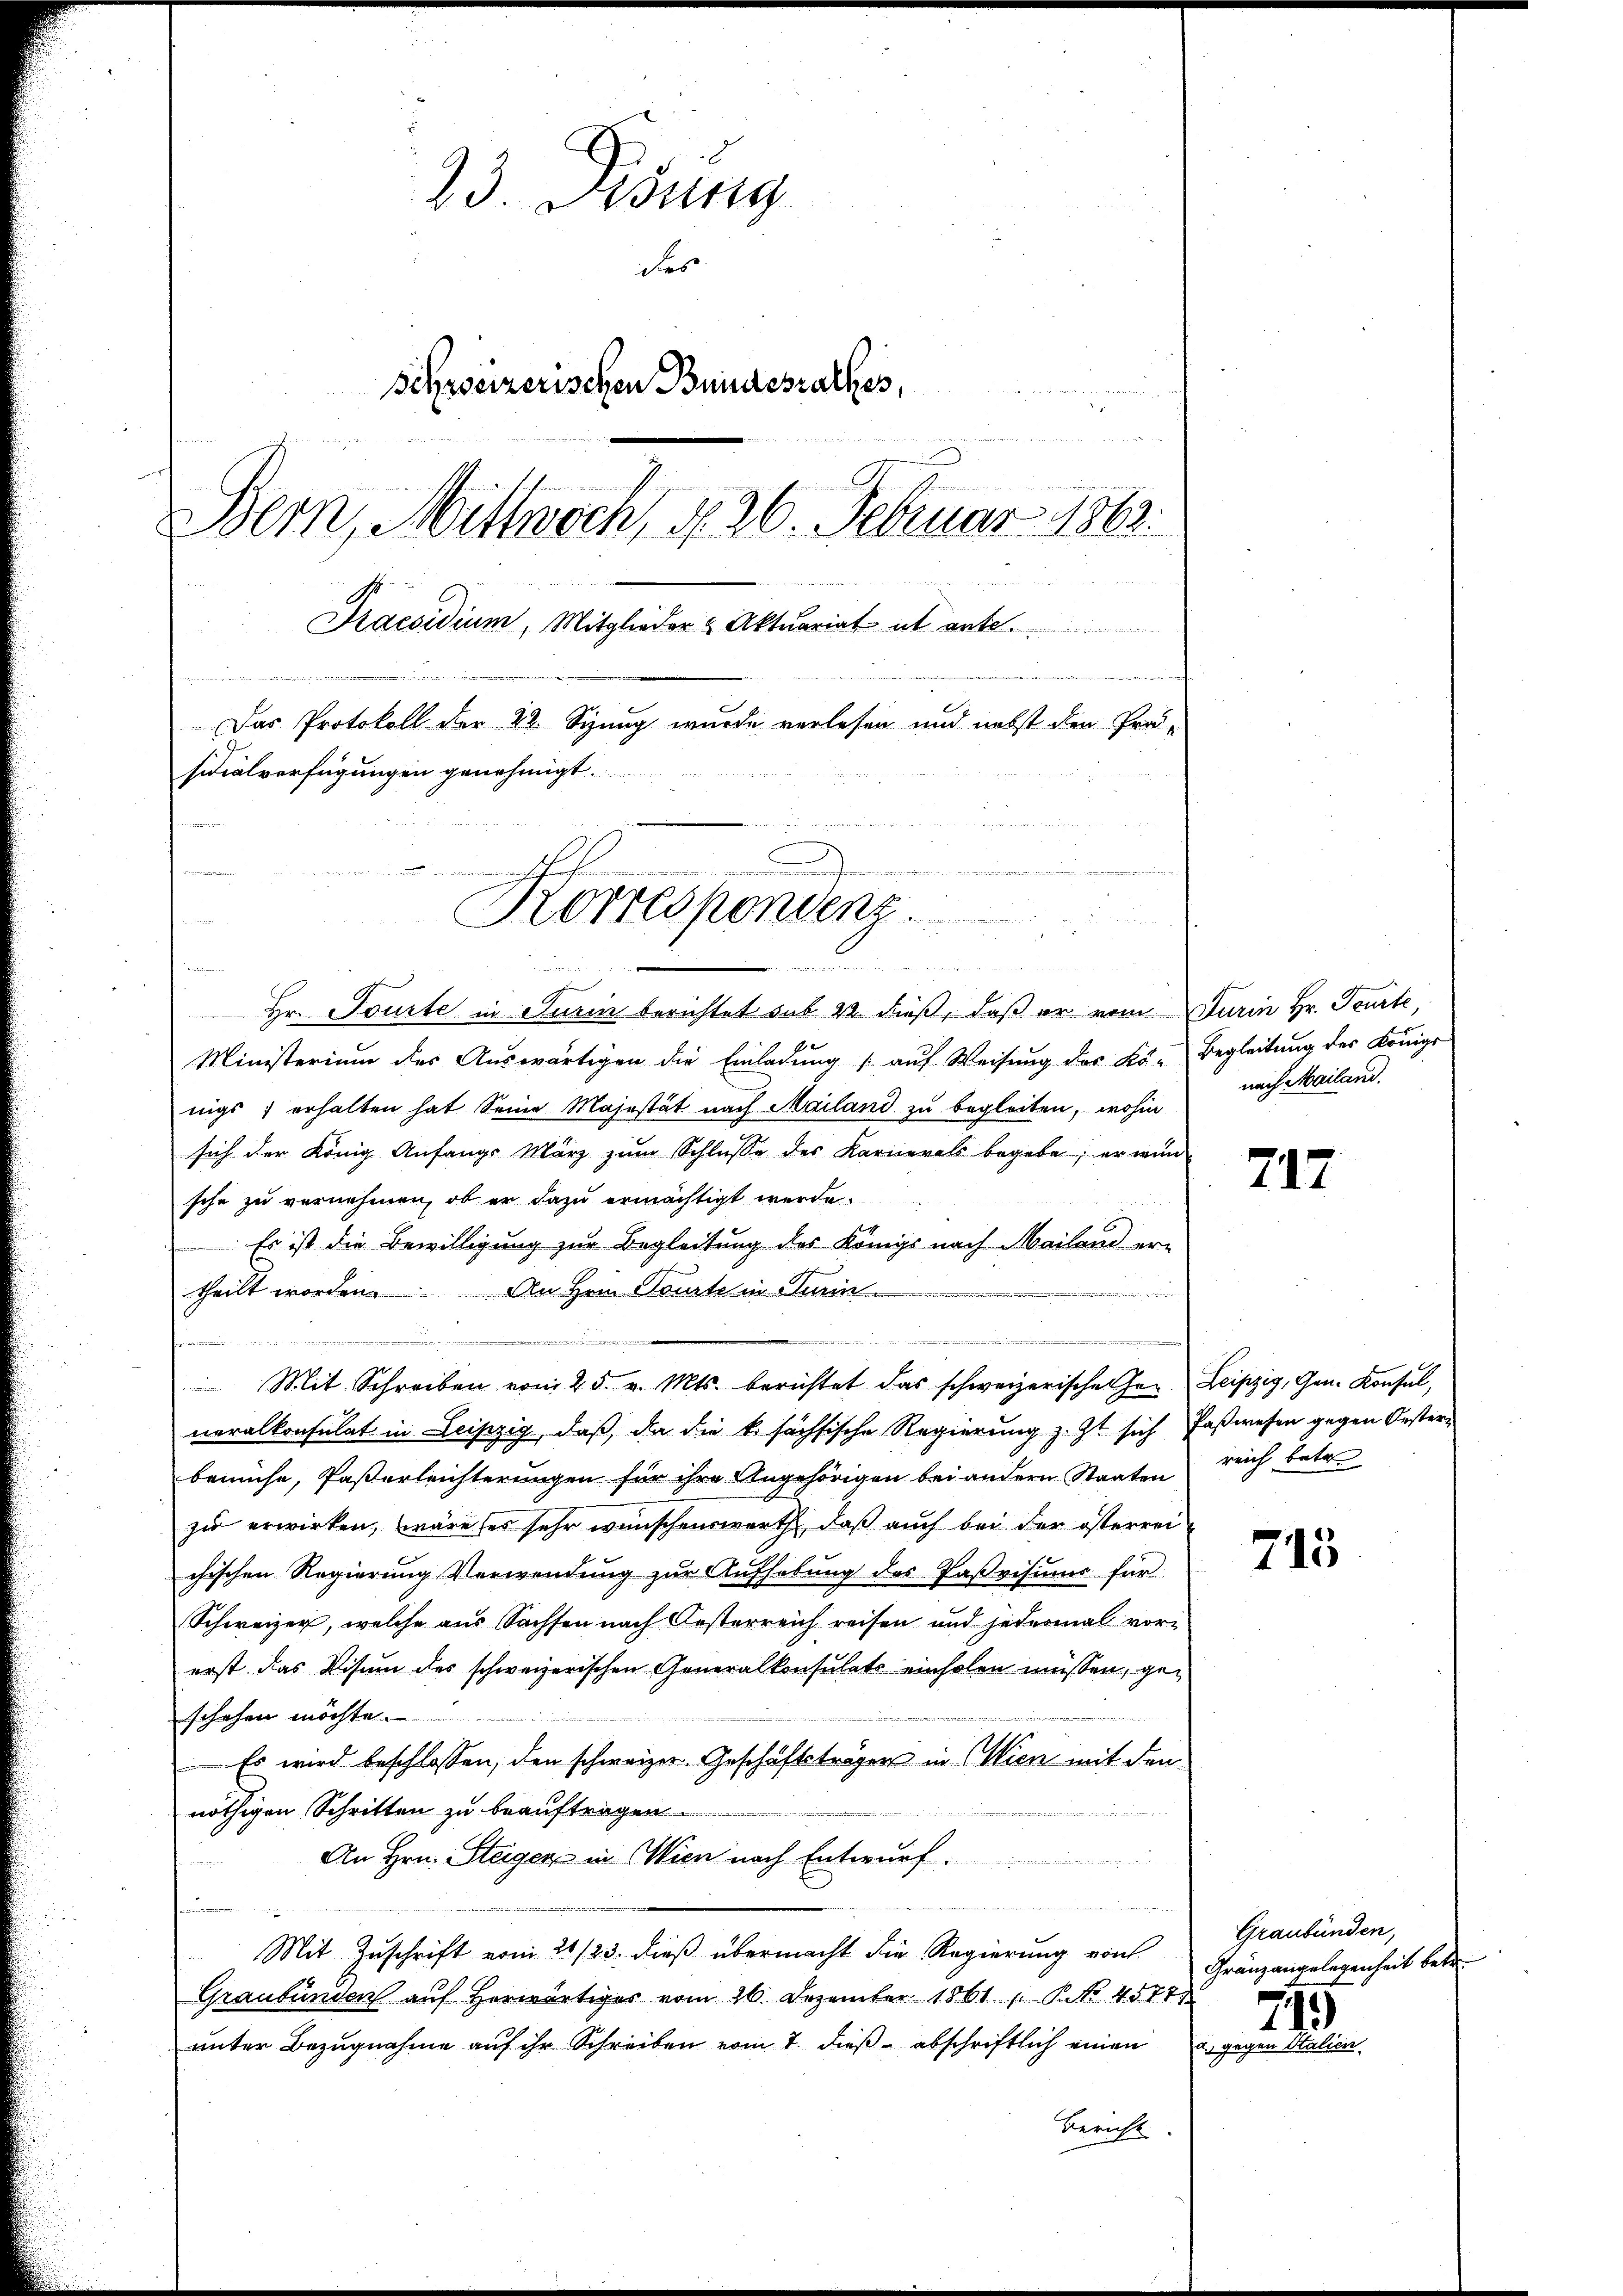
23. Asung
des
Schweizerischen Bundesrathes,
Bern, Mittwoch, d. 26. Februar 1863.
Praesidium, Mitglieder & Aktuariat ab ante.
6 40 x 24
Das Protokoll der 22. Sizung wurde verlesen und nebst den Prä-
sidialverfügungen genehmigt.
Korrespondenz
u

A

Hr. Tourte in Turin berichtet sub 22 dieß, daß er vom Turin Hr. Teurte,
Ministerium des Auswärtigen die Einladung (auf Weisung des Kö-Begleitung des Königr
nigs, erhalten hat Seine Majestät nach Mailand zu begleiten, wohin
sich der König Anfangs März zum Schlüsse des Karnerals begeben; er wün
sche zu vernehmen, ob er dazu ermächtigt werde.
 Es ist die Bewilligung zur Begleitung des Königs nach Mailand ertheilt worden. An Hrn. Tourte in Turin
2
n
e
.
Mit Schreiben vom 25. v. Mts. berichtet das schweizerischen her Leipzig, Gen. Konsul,
neralkonsulat in Leipzig, daß, da die k. sächsische Regierung z. Zt. sich Faßwesen gegen Orsterbemühe, Paßerleichterungen für ihre Angehörigen bei andern Staaten reich betre
zu erwirken, wäre ses sehr wünschenswerth, daß auch bei der österrei
chischen Regierung Verwendŭng zŭr Aŭfhebŭng des Pasvisiums für
Schweizer, welche aus Sachsen nach Kosterreich reisen und jedermal vor-
erst das Visum des schweizerischen Generalkonsulats einholen müssen, geschehen möchte
Es wird beschlossen, den schweizer, Geschäftsträger in Wien mit den
nöthigen Schritten zu beauftragen.
An Hrn. Steigen in Wien nach Entwurf
2
i
Mit Zuschrift vom 21/23. dieß übermacht die Regierung von Gränzangelegenheit betre
Graubünden auf herwärtiges vom 26. Dezember 1861 P. Nr. 4577
ŭnter Bezŭgnahme aŭf ihr Schreiben vom 7. dieβ abschriftlich einen a. gegen Stalien
Bericht

nach Mailand.

717

745

Graubünden,
749